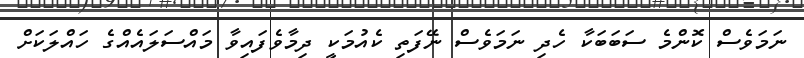
ނަމަވެސް ކޮންމެ ސަބަބަކާ ހެދި ނަމަވެސް ނޭފަތި ކެއުމަކީ ދިމާވެފައިވާ މައްސަލައެއްގެ ހައްލަކަށް